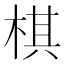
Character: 棋